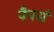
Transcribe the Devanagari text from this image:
पैपर्स